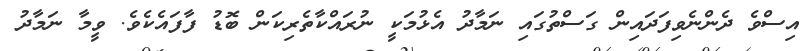
އިސްވެ ދެންނެވިފަދައިން ގަސްތުގައި ނަމާދު އެޅުމަކީ ނުރައްކާތެރިކަން ބޮޑު ފާފައެކެވެ. ވީމާ ނަމާދު